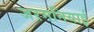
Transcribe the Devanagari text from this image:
जरमनियाई